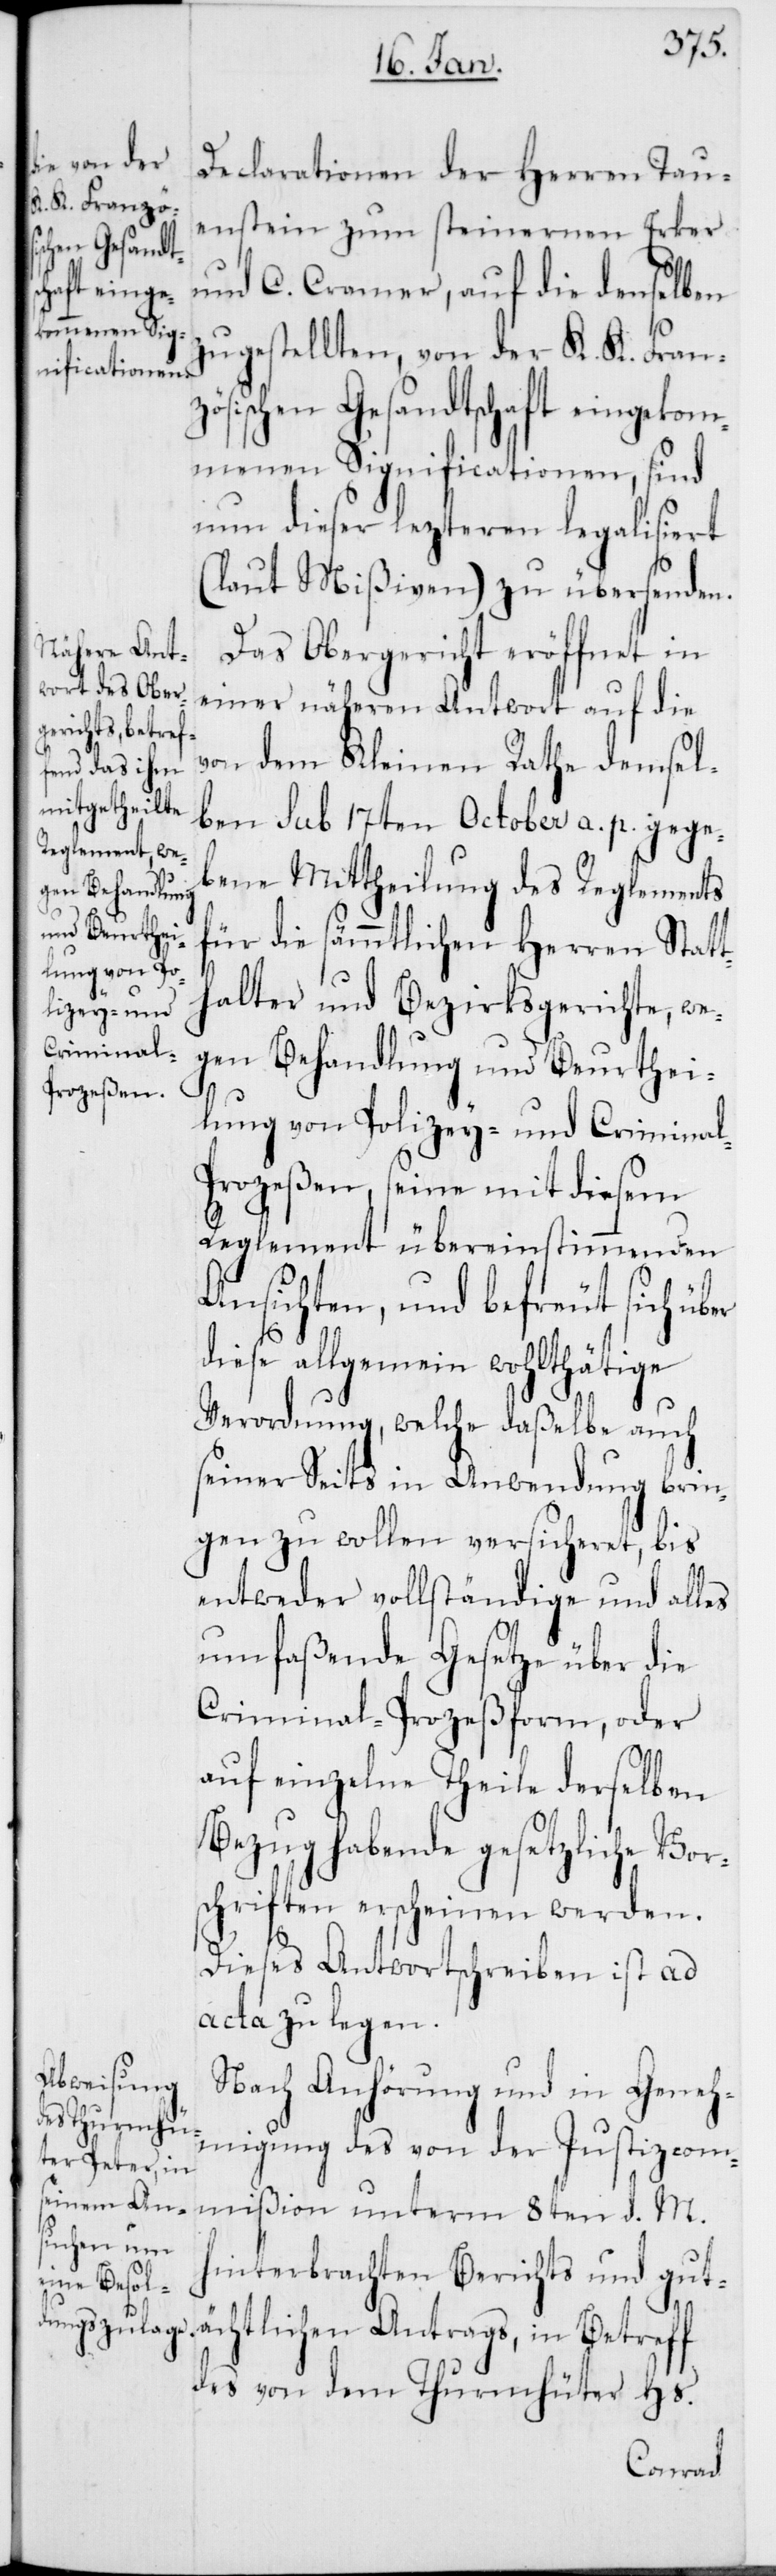
Declarationen der Herren Tau¬
enstein zum steinernen Erker
und C. Cramer, auf die denselben
zugestellten, von der K. K. Franz¬
ösischen Gesandtschaft eingekom¬
menen Significationen, sind
nun dieser lezteren legalisiert
(laut Mißiven) zu übersenden.
Das Obergericht eröffnet in
einer näheren Antwort auf die
von dem Kleinen Rathe demsel¬
ben sub 17ten October a. p. gege¬
bene Mittheilung des Reglements
für die sämmtlichen Herren Statt¬
halter und Bezirksgerichte, we¬
gen Behandlung und Beurthei¬
lung von Polizey- und Crmina¬
l-Prozeßen, seine mit diesem
Reglement übereinstimmenden
Ansichten, und befreut sich üb¬
er
diese allgemein wohlthätige
Verordnung, welche daßelbe auch
seinerseits in Anwendung brin¬
gen zu wollen versicheret, bis
entweder vollständige und alles
umfaßende Gesetze über die
Criminal-Prozeßform, oder
auf einzelne Theile derselben
Bezug habende gesetzliche Vor¬
schriften erscheinen werden.
Dieses Antwortschreiben ist ad
acta zu legen.
Nach Anhörung und in Geneh¬
migung des von der Justizcom¬
mißion unterm 8ten d. M.
hinterbrachten Berichts und gut¬
ächtlichen Antrags, in Betreff
des von dem Thurmhüter Hs.